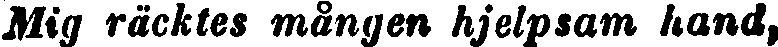
Mig räcktes mången hjelpsam hand,